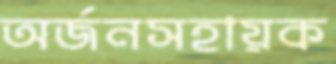
অর্জনসহায়ক